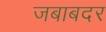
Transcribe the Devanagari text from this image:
जबाबदर